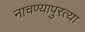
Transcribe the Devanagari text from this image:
नाचण्यापुरत्या